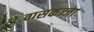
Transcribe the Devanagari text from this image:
वासकज्जा